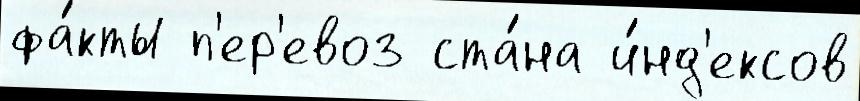
фа́кты п'ер'евоз ста́на и́нд'ексов